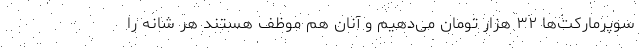
سوپرمارکت‌ها ۳۲ هزار تومان می‌دهیم و آنان هم موظف هستند هر شانه را